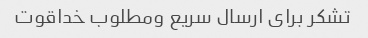
تشکر برای ارسال سریع ومطلوب خداقوت